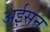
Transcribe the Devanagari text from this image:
अईसन